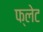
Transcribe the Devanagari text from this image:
फ्लेट